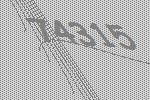
74315